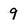
Character: 9